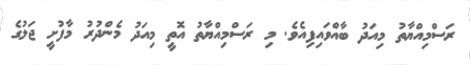
ރަސްމިއްޔާތު މިއަދު ބާއްވައިފިއެވެ. މި ރަސްމިއްޔާތު އޮތީ މިއަދު މެންދުރު މާފުށީ ޖަލުގެ